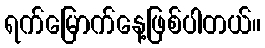
ရက်မြောက်နေ့ဖြစ်ပါတယ်။